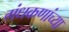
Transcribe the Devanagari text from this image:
गंधकणांच्या